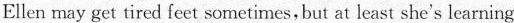
Elien may get tired feet sometimes, but at least she's learning